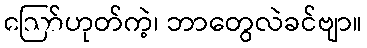
ဪဟုတ်ကဲ့၊ ဘာတွေလဲခင်ဗျာ။